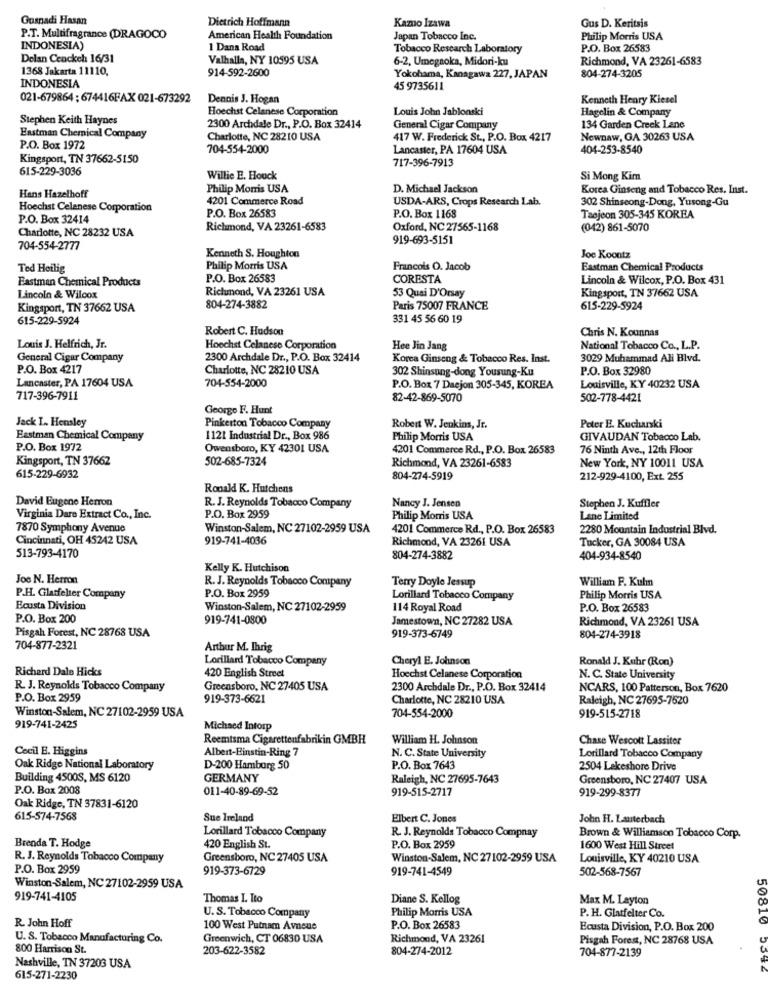
Gusnadi Hasan
Dietrich Hoffmann
Kamno Izawa
Gus D. Keritsis
P.T. Multifragrance (DRAGOCO
American Health Foundation
Japan Tobacco Inc.
Philip Morris USA
INDONESIA)
1 Dans Road
Tobacco Research Laboratory
P.O. Box 26583
Delan Cenckeh 16/31
Valhalla, NY 10595 USA
6-2, Umegnoka, Midori-ku
Richmond, VA 23261-6583
1368 Jakarta 11110,
914-592-2600
Yokohama, Kanagawa 227, JAPAN
804-274-3205
INDONESIA
45 9735611
021-679864 ; 674416FAX 021-673292
Dennis J. Hogan
Kenneth Henry Kiesel
Hoechst Celanese Corporation
Louis John Jablonski
Hagelin & Company
Stephen Keith Haynes
2300 Archdale Dr ., P.O. Box 32414
General Cigar Company
134 Garden Creek Lane
Eastman Chemical Company
Charlotte, NC 28210 USA
417 W. Frederick St ., P.O. Box 4217
Newnaw, GA 30263 USA
P.O. Box 1972
704-554-2000
Lancaster, PA 17604 USA
404-253-8540
Kingsport, TN 37662-5150
717-396-7913
615-229-3036
Willie E. Houck
Si Mong Kim
Hans Hazelhoff
Philip Morris USA
D. Michael Jackson
Korea Ginseng and Tobacco Res. Inst.
4201 Commerce Road
USDA-ARS, Crops Research Lab.
302 Shinseong-Dong, Yusong-Gu
Hoechst Celanese Corporation
P.O. Box 26583
P.O. Box 32414
P.O. Box 1168
Taojeon 305-345 KOREA
Charlotte, NC 28232 USA
Richmond, VA 23261-6583
Oxford, NC 27565-1168
(042) 861-5070
919-693-5151
704-554-2777
Kenneth S. Houghton
Joe Koontz
Ted Heilig
Philip Morris USA
Francois O. Jacob
Eastman Chemical Products
P.O. Box 26583
CORESTA
Lincoln & Wilcox, P.O. Box 431
Eastman Chemical Products
Richmond, VA 23261 USA
Kingsport, TN 37662 USA
Lincoln & Wilcox
53 Quai D'Orsay
Kingsport, TN 37662 USA
804-274-3882
Paris 75007 FRANCE
615-229-5924
615-229-5924
331 45 56 60 19
Robert C. Hudson
Chris N. Kounnas
Louis J. Helfrich, Jr.
Hoechst Celanese Corporation
Hee Jin Jang
National Tobacco Co ., L.P.
General Cigar Company
2300 Archdale Dr ., P.O. Box 32414
Korea Ginseng & Tobacco Res. Inst.
3029 Muhammad Ali Blvd.
P.O. Box 4217
Charlotte, NC 28210 USA
302 Shinsung-dong Yousung-Ku
P.O. Box 32980
Lancaster, PA 17604 USA
704-554-2000
P.O. Box 7 Daejon 305-345, KOREA
Louisville, KY 40232 USA
717-396-7911
82-42-869-5070
502-778-4421
George F. Hunt
Jack L. Hensley
Peter E. Kucharski
Pinkerton Tobacco Company
Robert W. Jenkins, Jr.
Eastman Chemical Company
1121 Industrial Dr ., Box 986
Philip Morris USA
GIVAUDAN Tobacco Lab.
P.O. Box 1972
Owensboro, KY 42301 USA
4201 Commerce Rd ., P.O. Box 26583
76 Ninth Ave ., 12th Floor
Kingsport, TN 37662
502-685-7324
Richmond, VA 23261-6583
New York, NY 10011 USA
615-229-6932
804-274-5919
212-929-4100, Ext. 255
Ronald K. Hutchens
David Eugene Herron
R. J. Reynolds Tobacco Company
Nancy J. Jensen
Stephen J. Kuffler
Virginia Dare Extract Co ., Inc.
P.O. Box 2959
Philip Morris USA
Lane Limited
7870 Symphony Avenue
Winston-Salem, NC 27102-2959 USA
4201 Commerce Rd ., P.O. Box 26583
2280 Mountain Industrial Blvd.
Cincinnati, OH 45242 USA
919-741-4036
Richmond, VA 23261 USA
Tucker, GA 30084 USA
513-793-4170
804-274-3882
404-934-8540
Kelly K. Hutchison
Joe N. Herron
R. J. Reynolds Tobacco Company
Terry Doyle Jessup
William F. Kulm
P.O. Box 2959
P.H. Glatfelter Company
Lorillard Tobacco Company
Philip Morris USA
Ecusta Division
Winston-Salem, NC 27102-2959
114 Royal Road
P.O. Box 26583
P.O. Box 200
919-741-0800
Jamestown, NC 27282 USA
Richmond, VA 23261 USA
Pisgah Forest, NC 28768 USA
919-373-6749
804-274-3918
704-877-2321
Arthur M. Ihrig
Lorillard Tobacco Company
Cheryl E. Johnson
Ronald J. Kuhr (Ron)
Richard Dale Hicks
420 English Street
Hoechst Celanese Corporation
N. C. State University
R. J. Reynolds Tobacco Company
Greensboro, NC 27405 USA
2300 Archdale Dr ., P.O. Box 32414
NCARS, 100 Patterson, Box 7620
P.O. Box 2959
919-373-6621
Charlotte, NC 28210 USA
Raleigh, NC 27695-7620
Winston-Salem, NC 27102-2959 USA
704-554-2000
919-515-2718
919-741-2425
Michsed Intorp
Reemtsma Cigarettenfabrikin GMBH
William H. Johnson
Chase Wescott Lassiter
Cecil E. Higgins
Albert-Einstin-Ring 7
N. C. State University
Lorillard Tobacco Company
Oak Ridge National Laboratory
D-200 Hamborg 50
P.O. Box 7643
2504 Lakeshore Drive
Building 4500S, MS 6120
GERMANY
Raleigh, NC 27695-7643
Greensboro, NC 27407 USA
P.O. Box 2008
011-40-89-69-52
919-515-2717
919-299-8377
Oak Ridge, TN 37831-6120
615-574-7568
Sue Ireland
Elbert C. Jones
John H. Lauterbach
R. J. Reynolds Tobacco Compnay
Brenda T. Hodge
Lorillard Tobacco Company
Brown & Williamson Tobacco Corp.
420 English St.
P.O. Box 2959
1600 West Hill Street
R. J. Reynolds Tobacco Company
Greensboro, NC 27405 USA
Winston-Salem, NC 27102-2959 USA
Louisville, KY 40210 USA
P.O. Box 2959
919-373-6729
919-741-4549
502-568-7567
ATROC
Winston-Salem, NC 27102-2959 USA
919-741-4105
Thomas I. Ito
Diane S. Kellog
Max M. Layton
U. S. Tobacco Company
Philip Morris USA
P. H. Glatfelter Co.
R. John Hoff
100 West Putnam Avneue
P.O. Box 26583
Ecusta Division, P.O. Box 200
U. S. Tobacco Manufacturing Co.
Greenwich, CT 06830 USA
Richmond, VA 23261
Pisgah Forest, NC 28768 USA
800 Harrison St.
203-622-3582
804-274-2012
704-877-2139
Nashville, TN 37203 USA
615-271-2230